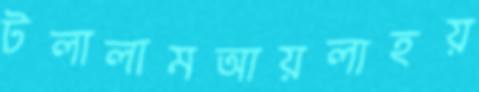
টলালামআয়লাহয়